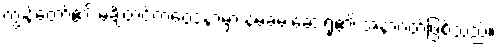
ကျွန်တော်၏ မချိတင်ကဲဝေဒနာမှာ နမ့်ခမ်းဆေးရုံ၏ အနာဂတ်ဖြစ်သည်။